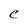
Character: C